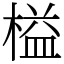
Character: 榏